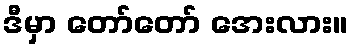
ဒီမှာ တော်တော် အေးလား။